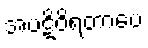
အပဋိဝိရတာပေ